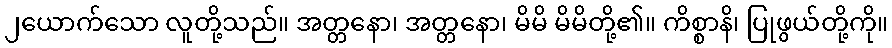
၂ယောက်သော လူတို့သည်။ အတ္တနော၊ အတ္တနော၊ မိမိ မိမိတို့၏။ ကိစ္စာနိ၊ ပြုဖွယ်တို့ကို။